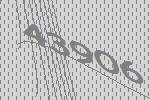
43906